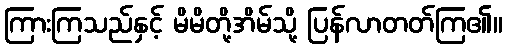
ကြားကြသည်နှင့် မိမိတို့အိမ်သို့ ပြန်လာတတ်ကြ၏။